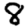
Digit: 8